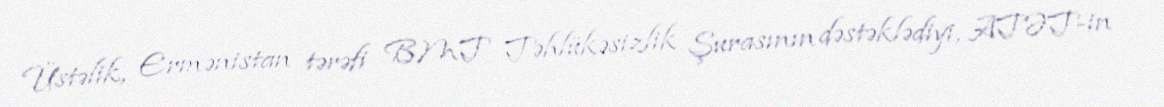
Üstəlik, Ermənistan tərəfi BMT Təhlükəsizlik Şurasının dəstəklədiyi, ATƏT-in